Proceedings of the meeting of veterinary officers in India
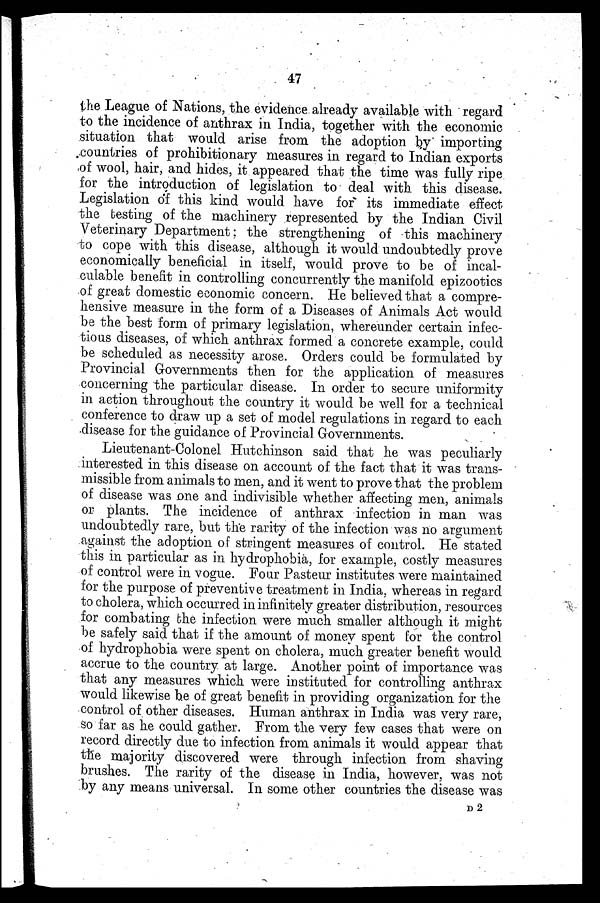
47
the League of Nations, the evidence already available with regard
to the incidence of anthrax in India, together with the economic
situation that would arise from the adoption by importing
countries of prohibitionary measures in regard to Indian exports
of wool, hair, and hides, it appeared that the time was fully ripe
for the introduction of legislation to deal with this disease.
Legislation of this kind would have for its immediate effect
the testing of the machinery represented by the Indian Civil
Veterinary Department; the strengthening of this machinery
to cope with this disease, although it would undoubtedly prove
economically beneficial in itself, would prove to be of incal-
culable benefit in controlling concurrently the manifold epizootics
of great domestic economic concern. He believed that a compre-
hensive measure in the form of a Diseases of Animals Act would
be the best form of primary legislation, whereunder certain infec-
tious diseases, of which anthrax formed a concrete example, could
be scheduled as necessity arose. Orders could be formulated by
Provincial Governments then for the application of measures
concerning the particular disease. In order to secure uniformity
in action throughout the country it would be well for a technical
conference to draw up a set of model regulations in regard to each
disease for the guidance of Provincial Governments.
Lieutenant-Colonel Hutchinson said that he was peculiarly
interested in this disease on account of the fact that it was trans-
missible from animals to men, and it went to prove that the problem
of disease was one and indivisible whether affecting men, animals
or plants. The incidence of anthrax infection in man was
undoubtedly rare, but the rarity of the infection was no argument
against the adoption of stringent measures of control. He stated
this in particular as in hydrophobia, for example, costly measures
of control were in vogue. Four Pasteur institutes were maintained
for the purpose of preventive treatment in India, whereas in regard
to cholera, which occurred in infinitely greater distribution, resources
for combating the infection were much smaller although it might
be safely said that if the amount of money spent for the control
of hydrophobia were spent on cholera, much greater benefit would
accrue to the country at large. Another point of importance was
that any measures which were instituted for controlling anthrax
would likewise be of great benefit in providing organization for the
control of other diseases. Human anthrax in India was very rare,
so far as he could gather. From the very few cases that were on
record directly due to infection from animals it would appear that
the majority discovered were through infection from shaving
brushes. The rarity of the disease in India, however, was not
by any means universal. In some other countries the disease was
D2